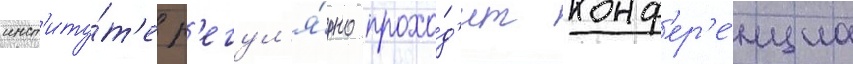
инст'иту́т'е р'егул'я́рно прохо́д'ит конф'ер'е́нциа